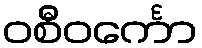
ဝစီဝင်္ကော